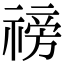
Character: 䄘